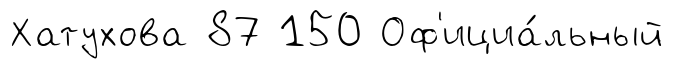
Хатухова 87 150 Оф'ициа́льный